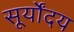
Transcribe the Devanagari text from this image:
सूर्योंदय